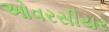
ઓવરસીયર